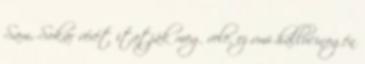
Sam, Sokar vérét itatják meg vele, ez vmi hallucinogén